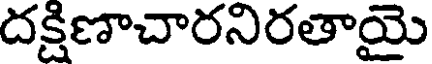
దక్షిణాచారనిరతాయై